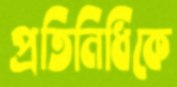
প্রতিনিধিকে